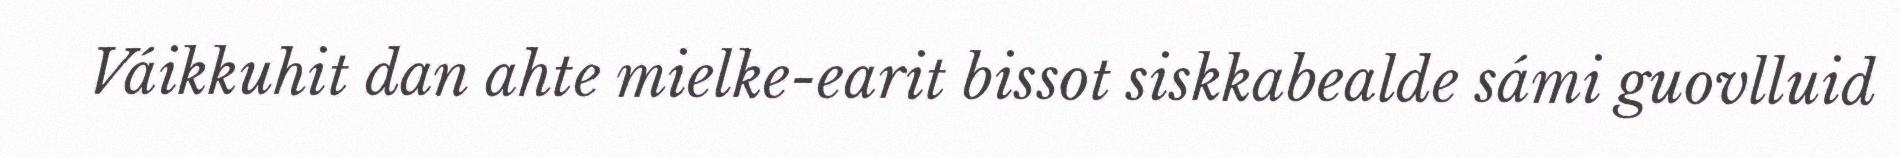
Váikkuhit dan ahte mielke-earit bissot siskkabealde sámi guovlluid